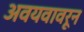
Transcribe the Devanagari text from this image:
अवयवावरून